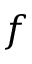
f